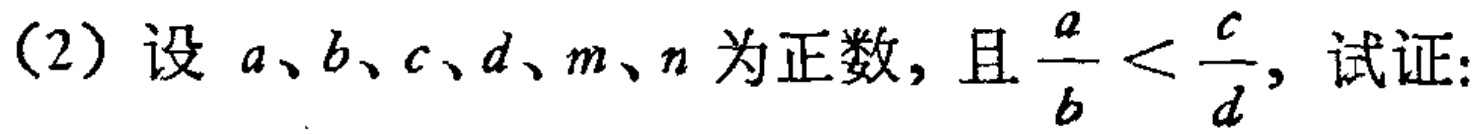
(2) 设 \(a、b、c、d、m、n\) 为正数，且 \(\frac{a}{b}<\frac{c}{d}\)，试证: